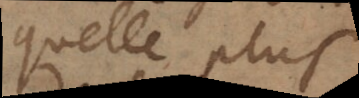
quelle plus